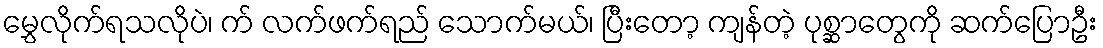
မွှေလိုက်ရသလိုပဲ၊ က် လက်ဖက်ရည် သောက်မယ်၊ ပြီးတော့ ကျန်တဲ့ ပုစ္ဆာတွေကို ဆက်ပြောဦး